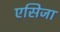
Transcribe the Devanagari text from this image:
एसिजा